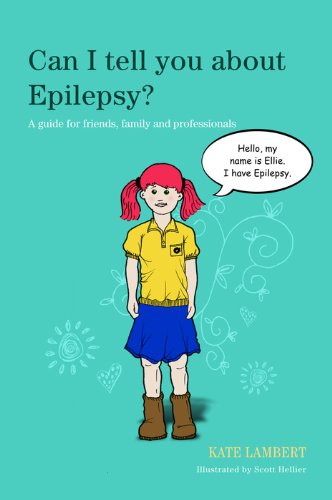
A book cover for Can I tell you about Epilepsy?: A guide for friends, family and professionals (Can I tell you about...?); Kate Lambert; Health, Fitness & Dieting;